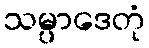
သမ္ပာဒေတုံ